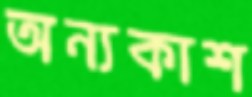
অন্যকাশ